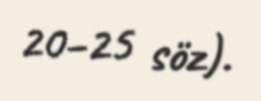
20–25 söz).